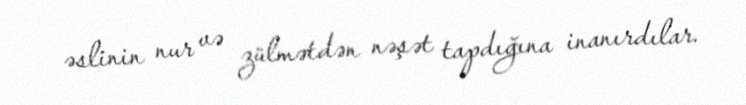
əslinin nur və zülmətdən nəşət tapdığına inanırdılar.